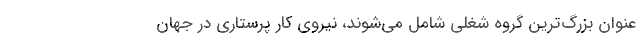
عنوان بزرگ‌ترین گروه شغلی شامل می‌شوند، نیروی کار پرستاری در جهان